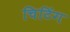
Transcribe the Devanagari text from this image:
चिटिंग